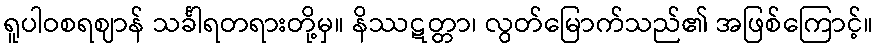
ရူပါဝစရဈာန် သင်္ခါရတရားတို့မှ။ နိဿဋတ္တာ၊ လွတ်မြောက်သည်၏ အဖြစ်ကြောင့်။